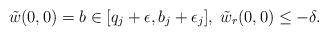
LaTeX: \begin{align*}\tilde w(0,0)=b\in [q_j+\epsilon, b_j+\epsilon_j],\;\tilde w_r(0,0)\leq -\delta.\end{align*}